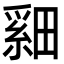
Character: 𬏏